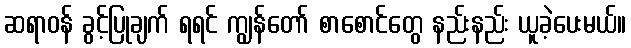
ဆရာဝန် ခွင့်ပြုချက် ရရင် ကျွန်တော် စာစောင်တွေ နည်းနည်း ယူခဲ့ပေးမယ်။